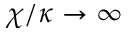
\chi / \kappa \rightarrow \infty